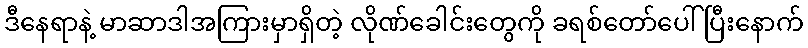
ဒီနေရာနဲ့ မာဆာဒါအကြားမှာရှိတဲ့ လိုဏ်ခေါင်းတွေကို ခရစ်တော်ပေါ်ပြီးနောက်